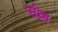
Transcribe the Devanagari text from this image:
संध्र्ब